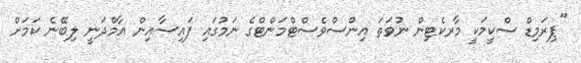
"ޕިރަމިޑް ސްކީމަކީ މާރކެޓިން ނުވަތަ އިންސްވެސްޓްމަންޓްގެ ނަމުގައި ފައިސާއިން އާމްދަނީ ލިބޭނެ ކަމަށް